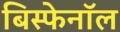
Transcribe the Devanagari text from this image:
बिस्फेनॉल